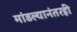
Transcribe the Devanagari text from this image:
मांडल्यानंतरही